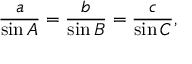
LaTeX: { \frac { a } { \sin A } } = { \frac { b } { \sin B } } = { \frac { c } { \sin C } } ,